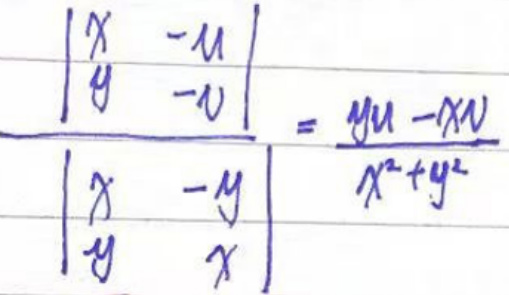
\[
\frac{\begin{vmatrix}
x & -u\\
y & -v
\end{vmatrix}}{\begin{vmatrix}
y & -y\\
y & x
\end{vmatrix}}=\frac{xu - yv}{x^{2}+y^{2}}
\]